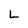
Character: L